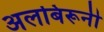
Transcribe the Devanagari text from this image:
अलबिरूनी